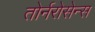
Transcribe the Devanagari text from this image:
तोर्नरोसेन्स